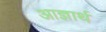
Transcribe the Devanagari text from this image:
आज्ञार्थ